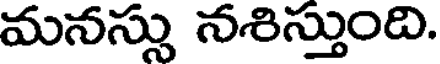
మనస్సు నశిస్తుంది.